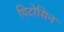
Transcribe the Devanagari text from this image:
पिटोसिन